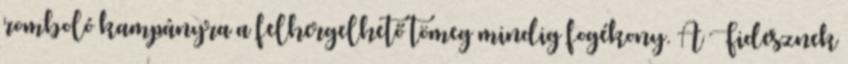
romboló kampányra a felhergelhető tömeg mindig fogékony. A Fidesznek